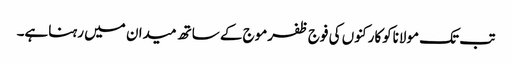
تب تک مولاناکوکارکنوں کی فوج ظفرموج کے ساتھ میدان میں رہناہے۔